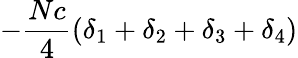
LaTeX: -{\frac{Nc}{4}}(\delta_{1}+\delta_{2}+\delta_{3}+\delta_{4})